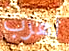
أهرب